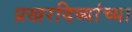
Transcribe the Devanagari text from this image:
प्रखरदिव्यांच्या